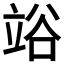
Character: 𥪉